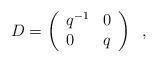
LaTeX: \begin{align*}D=\left( \begin{array}{lc}q^{-1}&0\\0&q\end{array} \right) \;\; ,\end{align*}